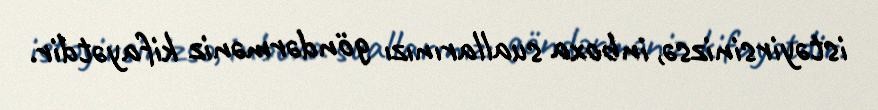
istəyirsinizsə, inboxa suallarınızı göndərməniz kifayətdir.